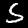
Label: 5